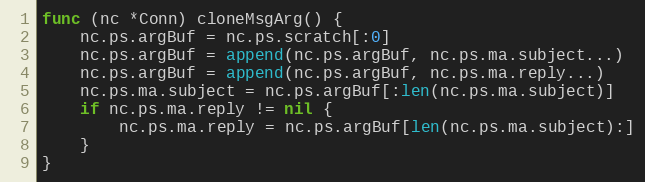
Language: Go
func (nc *Conn) cloneMsgArg() {
	nc.ps.argBuf = nc.ps.scratch[:0]
	nc.ps.argBuf = append(nc.ps.argBuf, nc.ps.ma.subject...)
	nc.ps.argBuf = append(nc.ps.argBuf, nc.ps.ma.reply...)
	nc.ps.ma.subject = nc.ps.argBuf[:len(nc.ps.ma.subject)]
	if nc.ps.ma.reply != nil {
		nc.ps.ma.reply = nc.ps.argBuf[len(nc.ps.ma.subject):]
	}
}